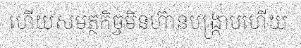
ហើយសមត្ថកិច្ចមិនហ៊ានបង្ក្រាបហើយ